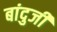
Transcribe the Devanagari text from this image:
बांदुजी